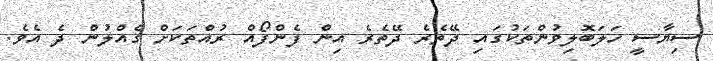
ސިޔާސީ ހަލަބޮލިވުންތަކުގައި ދޭތެރެ ދޭތެރެ އިން ފެންފޯއް ރުއްތަކަށް ގެއްލުން ދެ އެވެ.